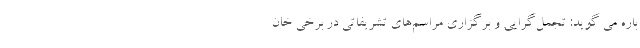
باره می گوید: تجمل‌گرایی و برگزاری مراسم‌های تشریفاتی در برخی خان